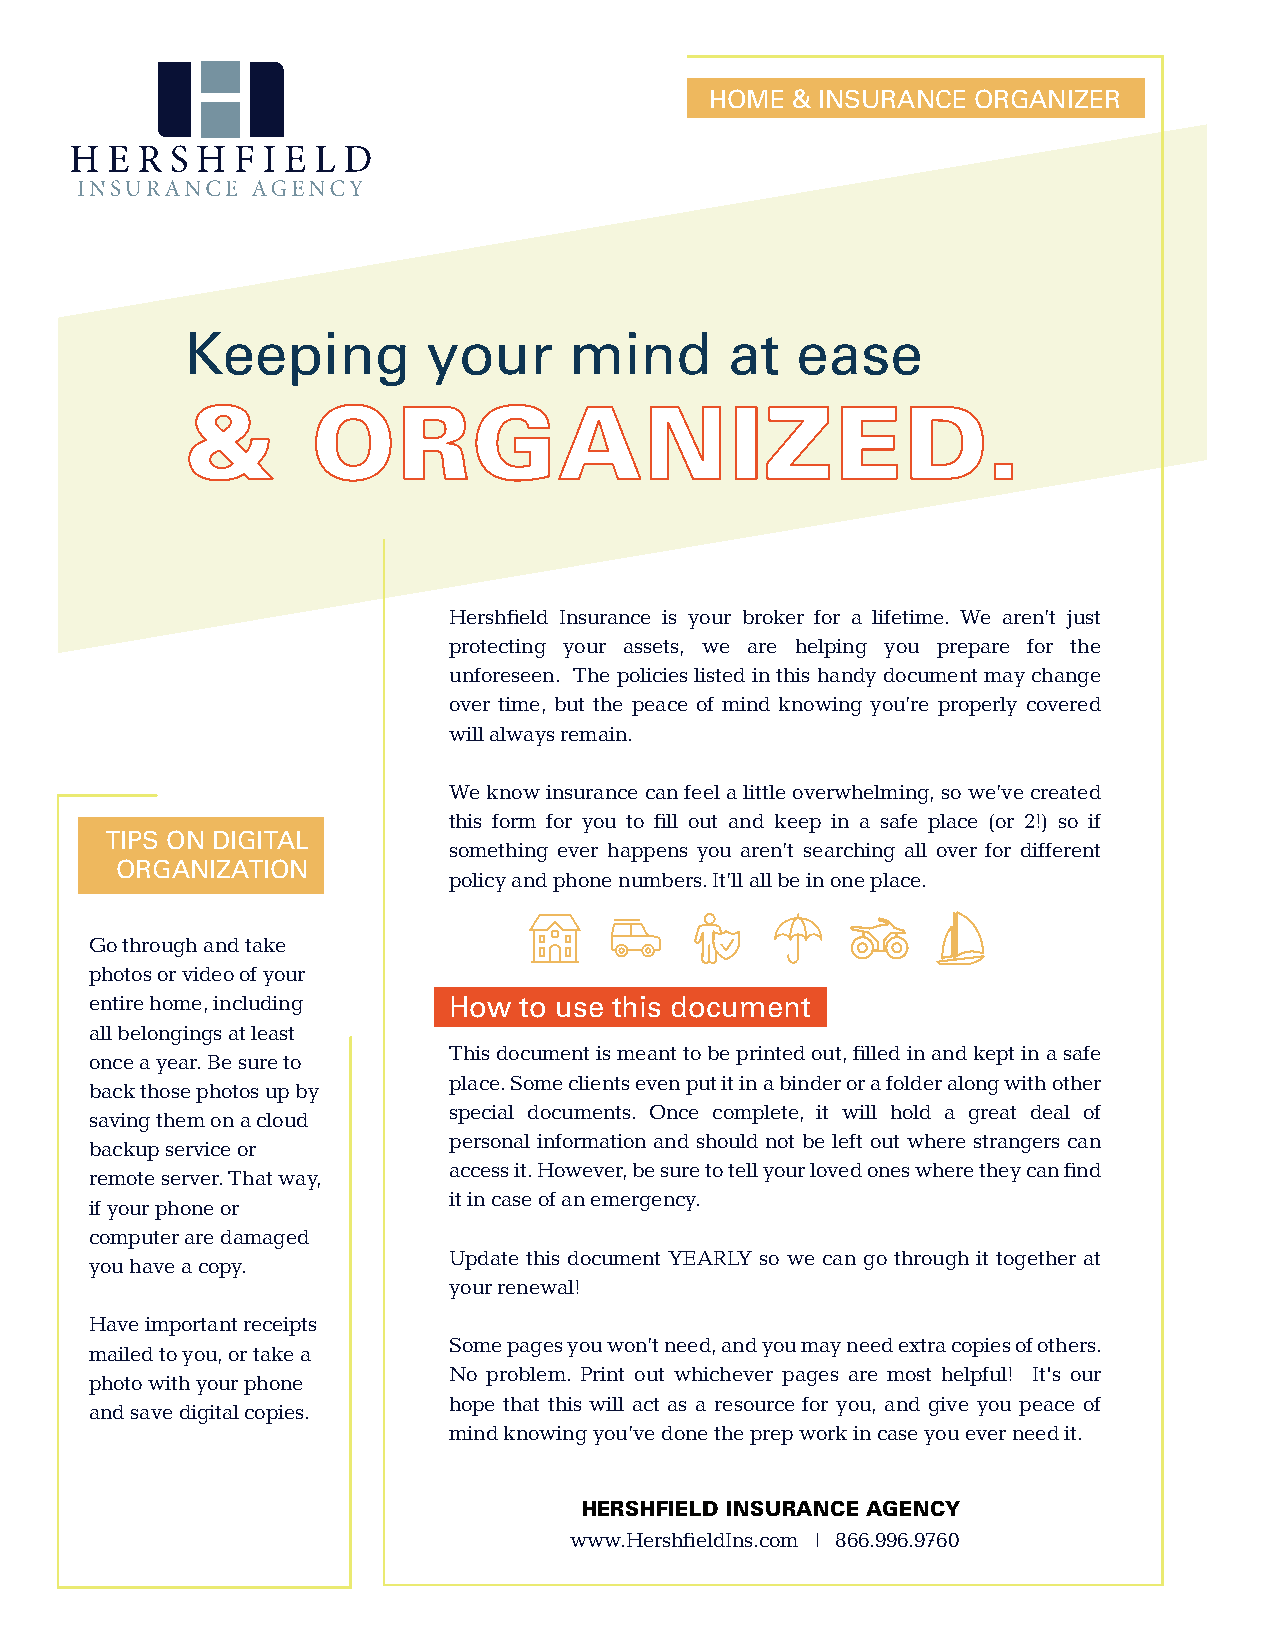
HOME & INSURANCE ORGANIZER
 Keeping         your      mind      at   ease
 &        ORGANIZED.
 Hershfield Insurance is your broker for a lifetime. We aren’t just
 protecting your assets, we are helping you prepare for the
 unforeseen. The policies listed in this handy document may change
 over time, but the peace of mind knowing you’re properly covered
 will always remain.
 We know insurance can feel a little overwhelming, so we’ve created
 this form for you to fill out and keep in a safe place (or 2!) so if
 TIPS ON DIGITAL
 something ever happens you aren’t searching all over for different
 ORGANIZATION
 policy and phone numbers. It’ll all be in one place.
 Go through and take
 photos or video of your
 entire home, including  How to use this document
 all belongings at least
 This document is meant to be printed out, filled in and kept in a safe
 once a year. Be sure to
 place. Some clients even put it in a binder or a folder along with other
 back those photos up by
 special documents. Once complete, it will hold a great deal of
 saving them on a cloud
 personal information and should not be left out where strangers can
 backup service or
 access it. However, be sure to tell your loved ones where they can find
 remote server. That way,
 it in case of an emergency.
 if your phone or
 computer are damaged
 Update this document YEARLY so we can go through it together at
 you have a copy.
 your renewal!
 Have important receipts
 Some pages you won’t need, and you may need extra copies of others.
 mailed to you, or take a
 No problem. Print out whichever pages are most helpful! It's our
 photo with your phone
 hope that this will act as a resource for you, and give you peace of
 and save digital copies.
 mind knowing you’ve done the prep work in case you ever need it.
 HERSHFIELD INSURANCE AGENCY
 www.HershfieldIns.com | 866.996.9760